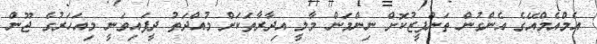
އެމްއެމްއޭގެ އެންގުން ތަންފީޒުކޮށް ނިންމަން މާލީ އިދާރާތަކަށް މުއްދަތު ދީފައިވަނީ މިއަހަރުގެ ޖޫން